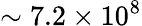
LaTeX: \sim 7.2\times 10^{8}